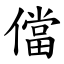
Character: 儅